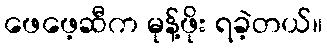
ဖေဖေ့ဆီက မုန့်ဖိုး ရခဲ့တယ်။